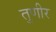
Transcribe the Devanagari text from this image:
तुणीर